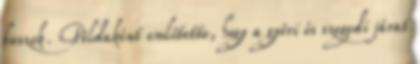
buszok. Példaként említette, hogy a győri és szegedi járat